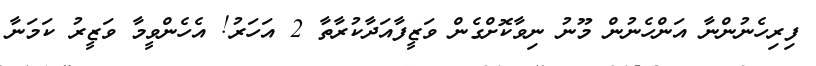
ފިރިހެނުންނާ އަންހެނުން މޫނު ނިވާކޮށްގެން ވަޒީފާއަދާކުރާތާ 2 އަހަރު! އެހެންވީމާ ވަޒީރު ކަމަނާ